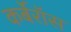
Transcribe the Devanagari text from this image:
कर्बेरॉस